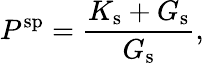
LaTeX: P^{\mathrm{sp}}=\frac{K_{\mathrm{s}}+G_{\mathrm{s}}}{G_{\mathrm{s}}},